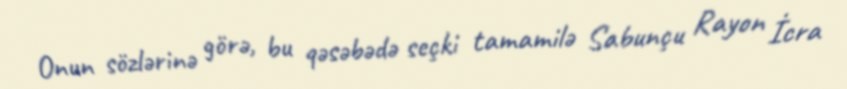
Onun sözlərinə görə, bu qəsəbədə seçki tamamilə Sabunçu Rayon İcra